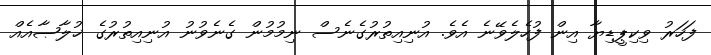
ފަހަރު ވިކިޕީޑިޔާ އިން ފުހެލެވޭނެ އެވެ. އުނިއިތުރުގެނެސް ނިމުމުން ގެނެވުނު އުނިއިތުރުގެ ޚުލާޞާއެއް